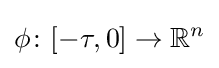
\phi \colon [-\tau ,0]\to \mathbb {R} ^{n}